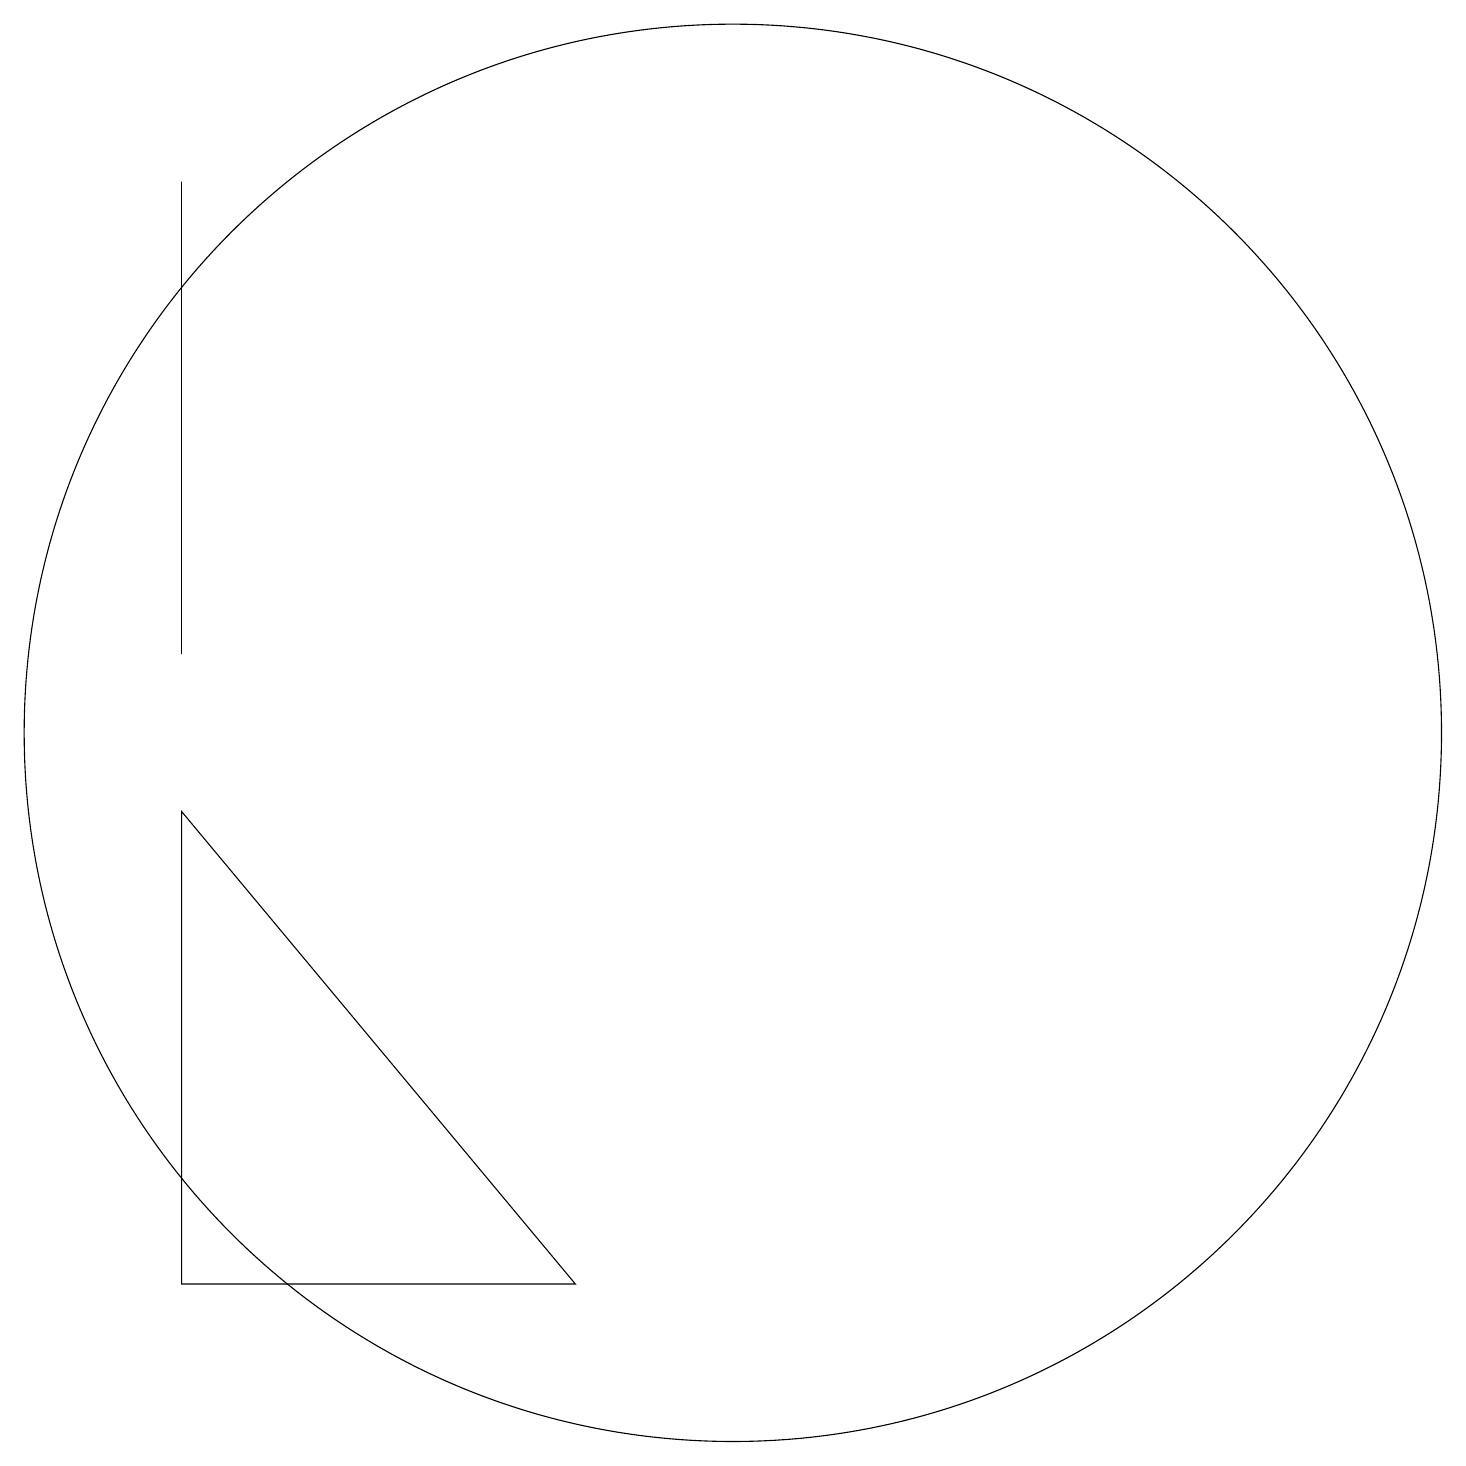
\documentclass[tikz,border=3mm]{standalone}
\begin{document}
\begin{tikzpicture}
\draw (3,17) rectangle (3,11);
\draw (10,10) circle (9);
\draw (3,3) -- (3,9) -- (8,3) -- cycle;
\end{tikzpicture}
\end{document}